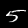
Label: 5